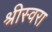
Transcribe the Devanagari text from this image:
श्रीस्वरा